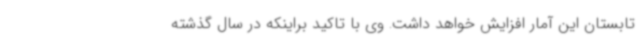
تابستان این آمار افزایش خواهد داشت. وی با تاکید براینکه در سال گذشته